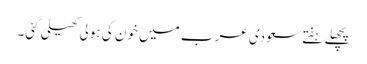
پچھلے ہفتے سعودی عرب میں خون کی ہولی کھیلی گئی۔